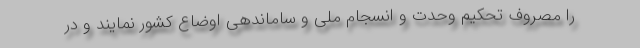
را مصروف تحکیم وحدت و انسجام ملی و ساماندهی اوضاع کشور نمایند و در